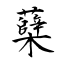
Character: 蘖